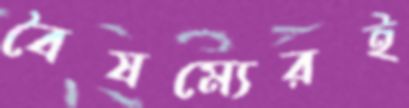
বৈষম্যেরই